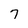
Character: 7